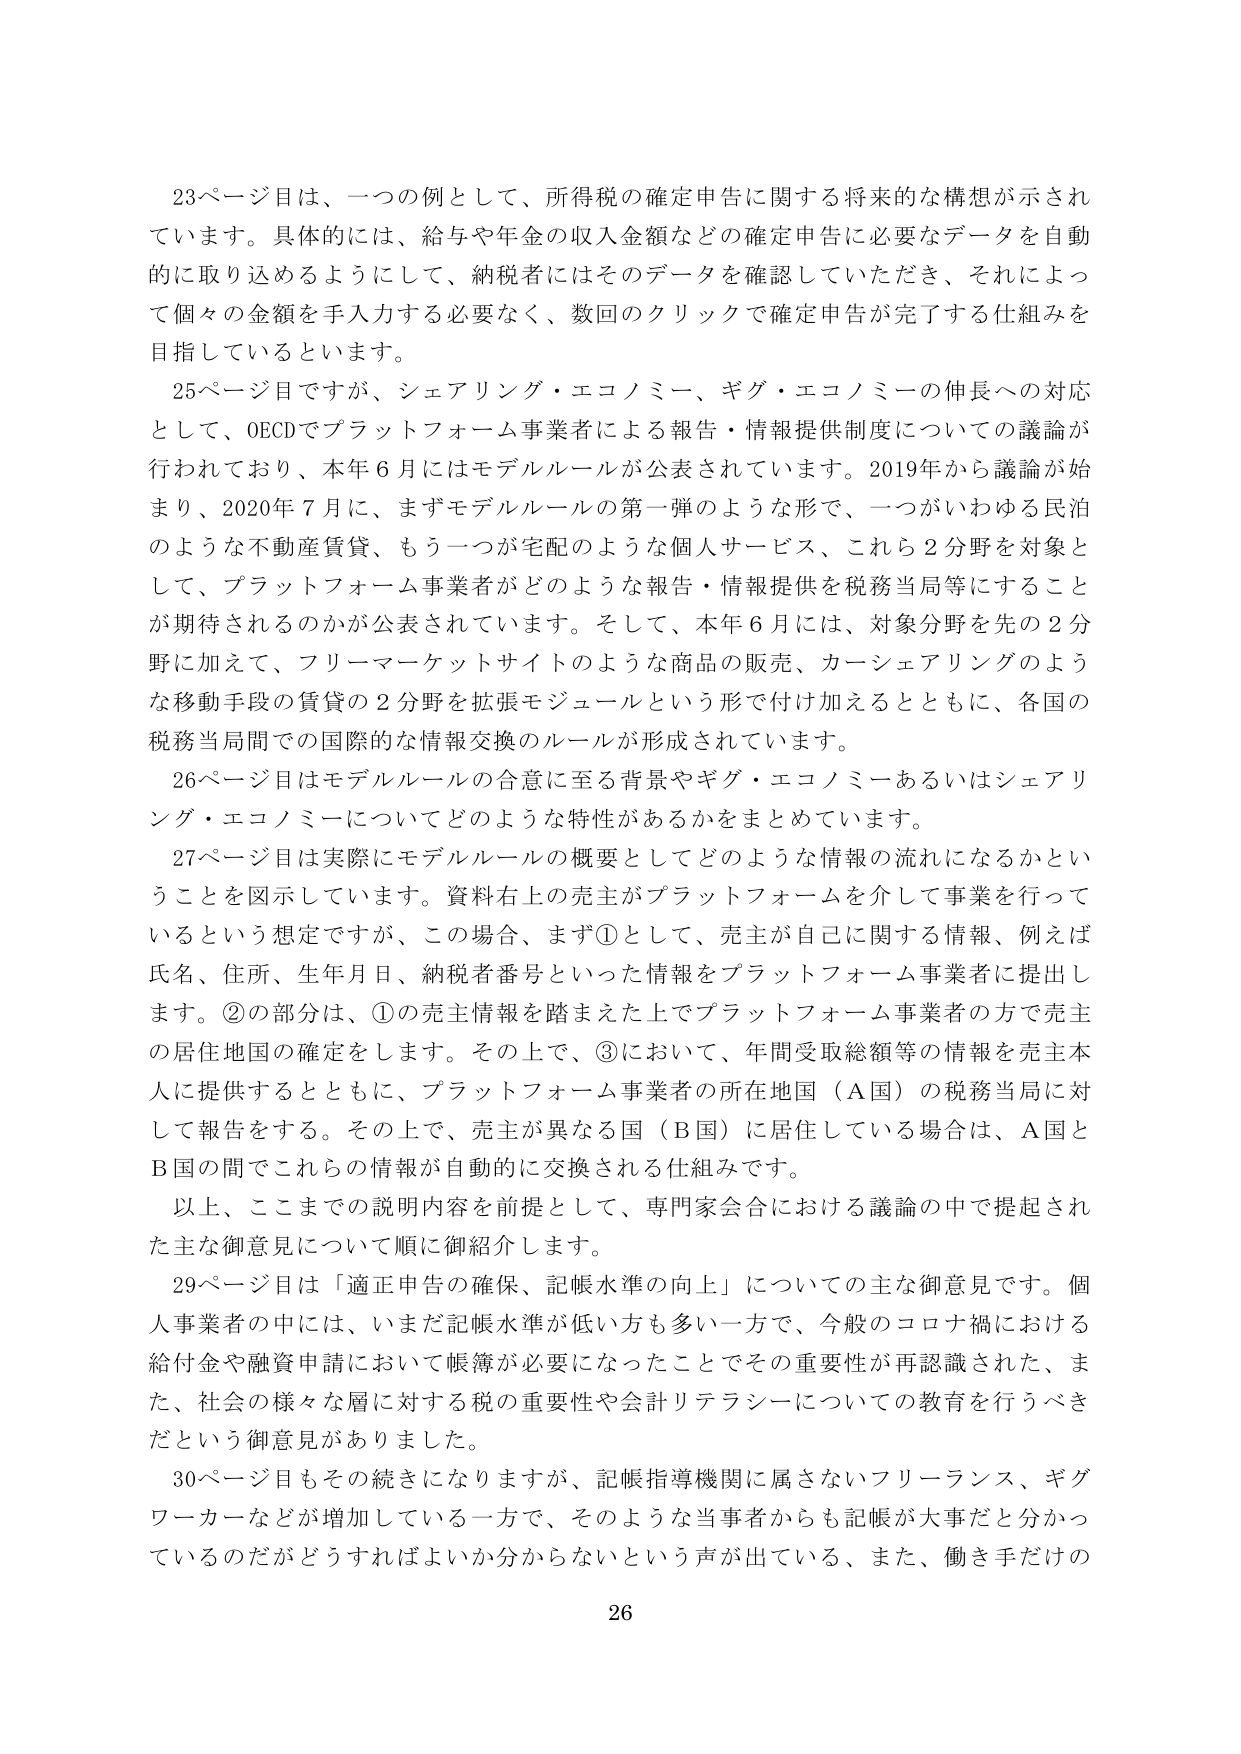
23ページ目は、一つの例として、所得税の確定申告に関する将来的な構想が示されています。具体的には、給与や年金の収入金額などの確定申告に必要なデータを自動的に取り込めるようにして、納税者にはそのデータを確認していただき、それによって個々の金額を手入力する必要なく、数回のクリックで確定申告が完了する仕組みを目指しているといます。

25ページ目ですが、シェアリング・エコノミー、ギグ・エコノミーの伸長への対応として、OECDでプラットフォーム事業者による報告・情報提供制度についての議論が行われており、本年6月にはモデルルールが公表されています。2019年から議論が始まり、2020年7月に、まずモデルルールの第一弾のような形で、一つがいわゆる民泊のような不動産賃貸、もう一つが宅配のような個人サービス、これら2分野を対象として、プラットフォーム事業者がどのような報告・情報提供を税務当局等にすることが期待されるのかが公表されています。そして、本年6月には、対象分野を先の2分野に加えて、フリーマーケットサイトのような商品の販売、カーシェアリングのような移動手段の賃貸の2分野を拡張モジュールという形で付け加えるとともに、各国の税務当局間での国際的な情報交換のルールが形成されています。

26ページ目はモデルルールの合意に至る背景やギグ・エコノミーあるいはシェアリング・エコノミーについてどのような特性があるかをまとめています。

27ページ目は実際にモデルルールの概要としてどのような情報の流れになるかということを図示しています。資料右上の売主がプラットフォームを介して事業を行っているという想定ですが、この場合、まず①として、売主が自己に関する情報、例えば氏名、住所、生年月日、納税者番号といった情報をプラットフォーム事業者に提出します。②の部分は、①の売主情報を踏まえた上でプラットフォーム事業者の方で売主の居住地国の確定をします。その上で、③において、年間受取総額等の情報を売主本人に提供するとともに、プラットフォーム事業者の所在地国（A国）の税務当局に対して報告をする。その上で、売主が異なる国（B国）に居住している場合は、A国とB国の間でこれらの情報が自動的に交換される仕組みです。

以上、ここまでの説明内容を前提として、専門家会合における議論の中で提起された主な御意見について順に御紹介します。

29ページ目は「適正申告の確保、記帳水準の向上」についての主な御意見です。個人事業者の中には、いまだ記帳水準が低い方も多く一方で、今般のコロナ禍における給付金や融資申請において帳簿が必要になったことでその重要性が再認識された、また、社会の様々な層に対する税の重要性や会計リテラシーについての教育を行うべきだという御意見がありました。

30ページ目もその続きになりますが、記帳指導機関に属さないフリーランス、ギグワーカーなどが増加している一方で、そのような当事者からも記帳が大事だと分かっているのだがどうすればよいか分からないという声が出ている、また、働き手だけの

26